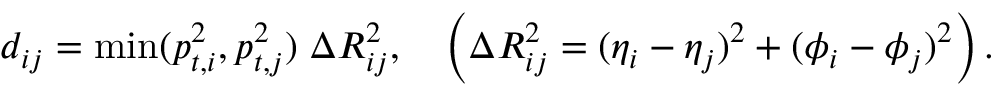
d _ { i j } = \operatorname * { m i n } ( p _ { t , i } ^ { 2 } , p _ { t , j } ^ { 2 } ) \; \Delta R _ { i j } ^ { 2 } , \quad \left( \Delta R _ { i j } ^ { 2 } = ( \eta _ { i } - \eta _ { j } ) ^ { 2 } + ( \phi _ { i } - \phi _ { j } ) ^ { 2 } \right) .